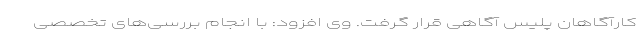
کارآگاهان پلیس آگاهی قرار گرفت. وی افزود: با انجام بررسی‌های تخصصی